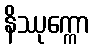
နိဿုက္ကော